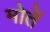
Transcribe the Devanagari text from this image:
मोर्ते